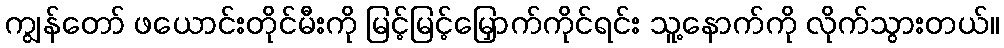
ကျွန်တော် ဖယောင်းတိုင်မီးကို မြင့်မြင့်မြှောက်ကိုင်ရင်း သူ့နောက်ကို လိုက်သွားတယ်။